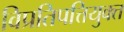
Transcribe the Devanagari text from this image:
विप्रतिपत्तियुक्त